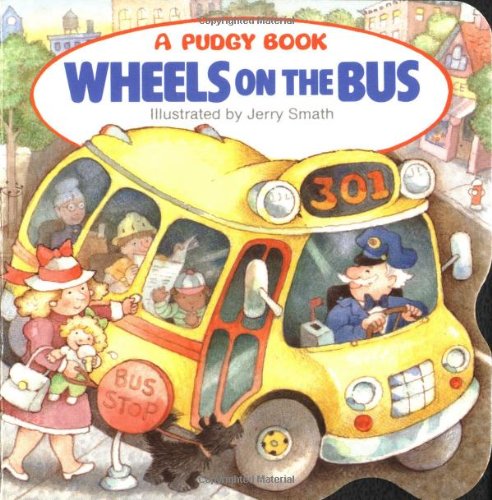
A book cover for The Wheels on the Bus (Pudgy Board Book); Jerry Smath; Literature & Fiction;